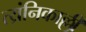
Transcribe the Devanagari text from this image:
त्य्रंनिकाल्ली